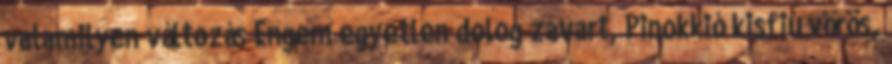
valamilyen változás Engem egyetlen dolog zavart, Pinokkió kisfiú vörös,